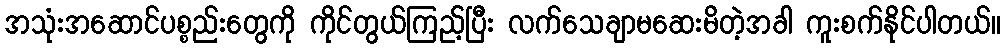
အသုံးအဆောင်ပစ္စည်းတွေကို ကိုင်တွယ်ကြည့်ပြီး လက်သေချာမဆေးမိတဲ့အခါ ကူးစက်နိုင်ပါတယ်။